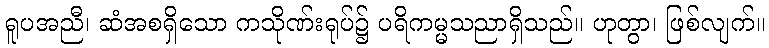
ရူပအညီ၊ ဆံအစရှိသော ကသိုဏ်းရုပ်၌ ပရိကမ္မသညာရှိသည်။ ဟုတွာ၊ ဖြစ်လျက်။